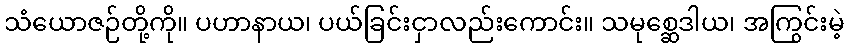
သံယောဇဉ်တို့ကို။ ပဟာနာယ၊ ပယ်ခြင်းငှာလည်းကောင်း။ သမုစ္ဆေဒါယ၊ အကြွင်းမဲ့